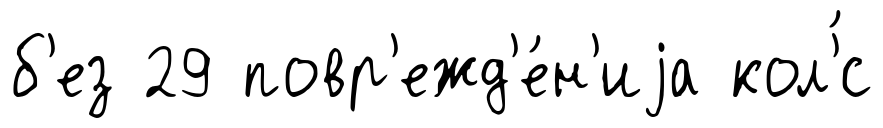
б'ез 29 повр'ежд'е́н'иjа кол'́с